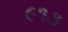
૯૧૩